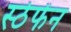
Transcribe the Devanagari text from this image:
स्ठेफेंन